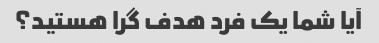
آیا شما یک فرد هدف گرا هستید؟